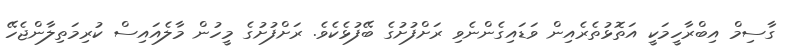
ގާސިމް އިބްރާހީމަކީ އަތޮޅުތެރެއިން ވަޑައިގެންނެވި ރަށްފުށުގެ ބޭފުޅެކެވެ. ރަށްފުށުގެ މީހުން މާލެއައިސް ކުރިމަތިލާންޖެހޭ